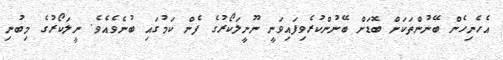
އެހެނިހެން ބޭނުންތަކަށް ބޮޑަށް ބޭނުންކުރެވިފައިވަނީ ނޫނީލަކޯރުގެ ފެން ކަމުގައި ބުނެވެއެވެ. ނީލަކޯރުގެ މިބުނި